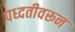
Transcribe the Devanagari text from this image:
पध्दतीवरून